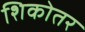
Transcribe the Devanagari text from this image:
शिकोतर